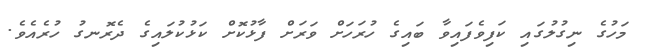
މަހުގެ ނިގުލުގައި ކަފިވެފައިވާ ބައިގެ ހުރަހަށް ވަރަށް ފާޅުކޮށް ކަޅުކުލައިގެ ދެރޮނގު ހުރެއެވެ.